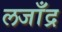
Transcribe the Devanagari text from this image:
लजाँद्र